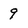
Character: 9